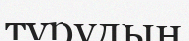
тұрудың